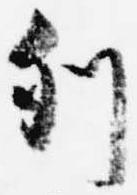
列